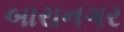
બારાનગર